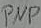
Text: PNP